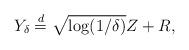
LaTeX: \begin{align*}Y_\delta\stackrel{d}{=} \sqrt{\log(1/\delta)}Z+R,\end{align*}